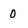
Character: 0